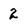
Character: 2